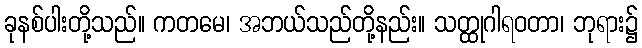
ခုနစ်ပါးတို့သည်။ ကတမေ၊ အဘယ်သည်တို့နည်း။ သတ္ထုဂါရဝတာ၊ ဘုရား၌